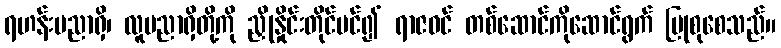
ရဟန်းပညာရှိ၊ လူပညာရှိတို့ကို ညှိုနှိုင်းတိုင်ပင်၍ ရာဇဝင် တစ်ဆောင်ကိုဆောင်ရွက် ပြုစုစေသည်။